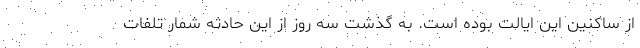
از ساکنین این ایالت بوده است. به گذشت سه روز از این حادثه شمار تلفات